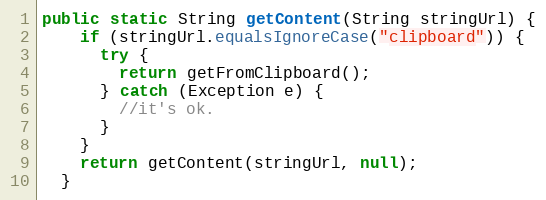
Language: Java
public static String getContent(String stringUrl) {
    if (stringUrl.equalsIgnoreCase("clipboard")) {
      try {
        return getFromClipboard();
      } catch (Exception e) {
        //it's ok.
      }
    }
    return getContent(stringUrl, null);
  }